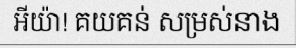
អីយ៉ា! គយគន់ សម្រស់នាង